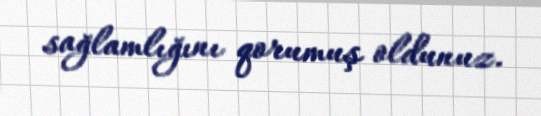
sağlamlığını qorumuş oldunuz.